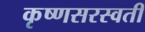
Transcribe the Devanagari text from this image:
कृष्णसरस्वती